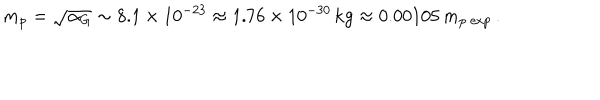
m _ { p } = \sqrt { \alpha _ { G } } \sim 8 . 1 \times 1 0 ^ { - 2 3 } \approx 1 . 7 6 \times 1 0 ^ { - 3 0 } \, \mathrm { k g } \approx 0 . 0 0 1 0 5 \, m _ { p \ \mathrm { e x p } } \, .